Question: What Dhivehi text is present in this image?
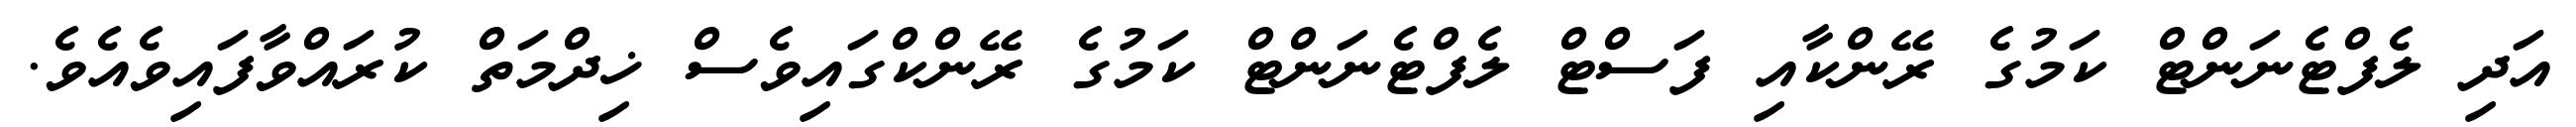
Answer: އަދި ލެފްޓެނަންޓް ކަމުގެ ރޭންކާއި ފަސްޓް ލެފްޓެނަންޓް ކަމުގެ ރޭންކްގައިވެސް ޚިދްމަތް ކުރައްވާފައިވެއެވެ.